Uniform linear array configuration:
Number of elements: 24
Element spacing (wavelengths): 0.5
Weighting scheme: uniform
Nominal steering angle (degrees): -60
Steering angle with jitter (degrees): -59.309
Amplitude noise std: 0.05
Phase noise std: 0.05

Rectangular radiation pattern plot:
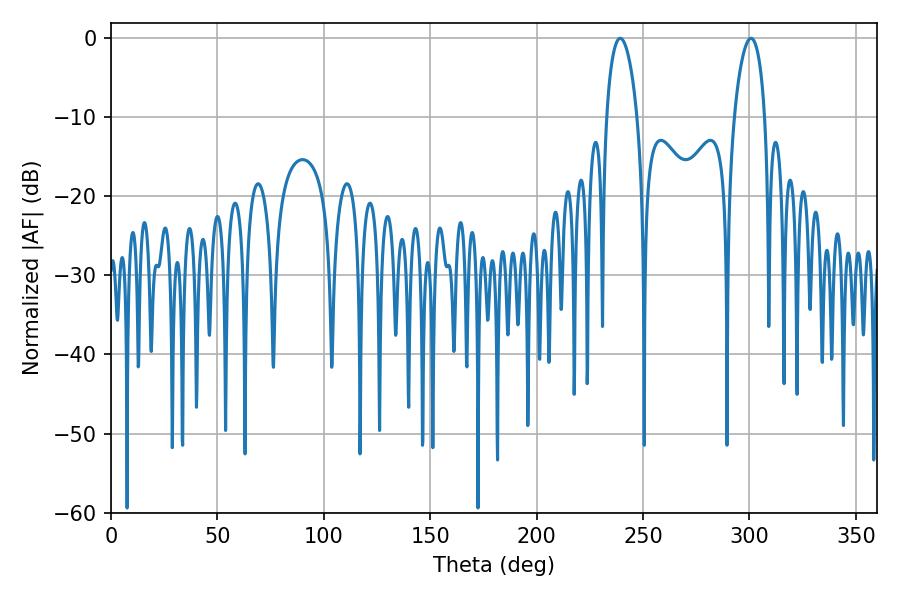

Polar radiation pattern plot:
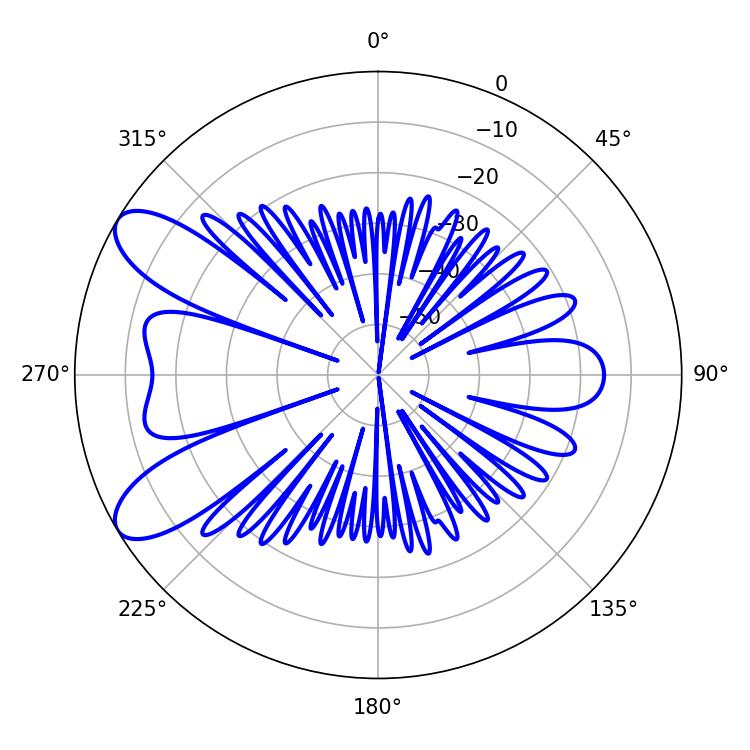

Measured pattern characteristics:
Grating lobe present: FALSE
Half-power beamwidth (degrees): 8.1
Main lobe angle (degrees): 239.22